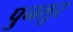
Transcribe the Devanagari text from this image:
पुनलुर